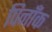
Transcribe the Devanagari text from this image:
पिनाँक